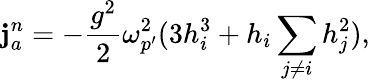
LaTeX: {\mathbf j}_{a}^{n}=-{\frac{g^{2}}{2}}\omega_{p^{\prime}}^{2}(3h_{i}^{3}+h_{i}\sum_{j\not=i}h_{j}^{2}),